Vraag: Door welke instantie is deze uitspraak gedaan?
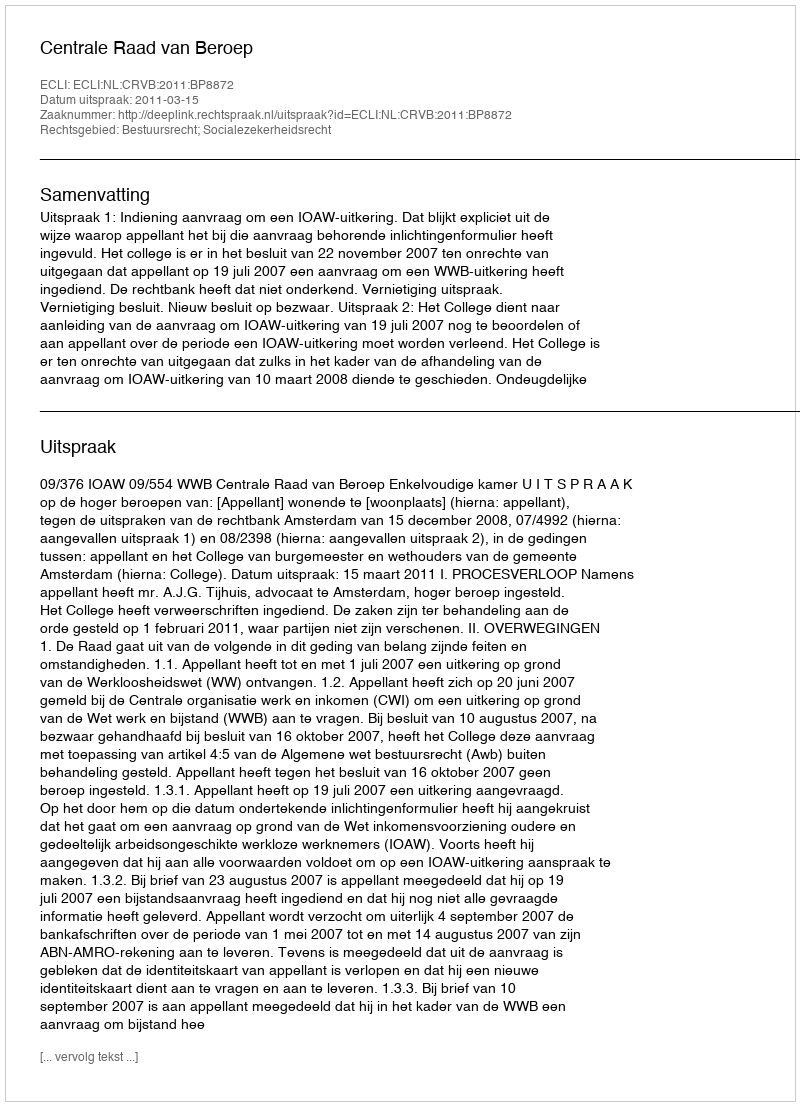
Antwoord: Centrale Raad van Beroep